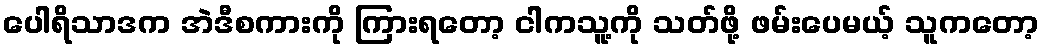
ပေါရိသာဒက အဲဒီစကားကို ကြားရတော့ ငါကသူ့ကို သတ်ဖို့ ဖမ်းပေမယ့် သူကတော့